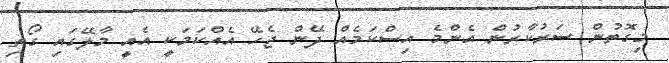
މިގޮތުން ސަރުކާރުން އެންމެ އިސްކަމެއް ދޭން ޖެހޭ އެއްކަމަކީ އެއީ މާލޭގައި ގޯތި